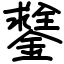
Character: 𨭻